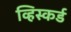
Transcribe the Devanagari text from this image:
व्हिस्कर्ड